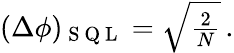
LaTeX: \begin{array}{r}{(\Delta\phi)_{\mathrm{~S~Q~L~}}=\sqrt{\frac{2}{N}}\, .}\end{array}